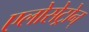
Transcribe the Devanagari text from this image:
एलोसेट्रोन्